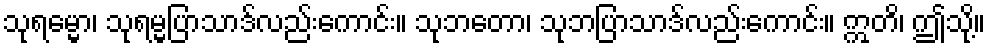
သုရမ္မော၊ သုရမ္မပြာသာဒ်လည်းကောင်း။ သုဘတော၊ သုဘပြာသာဒ်လည်းကောင်း။ ဣတိ၊ ဤသို့။